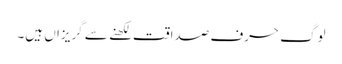
لوگ حرف صداقت لکھنے سے گریزاں ہیں۔